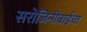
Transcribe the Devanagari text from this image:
सरोजिनीबाईंचा